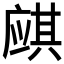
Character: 𱝌